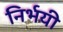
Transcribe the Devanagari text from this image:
निर्भयी